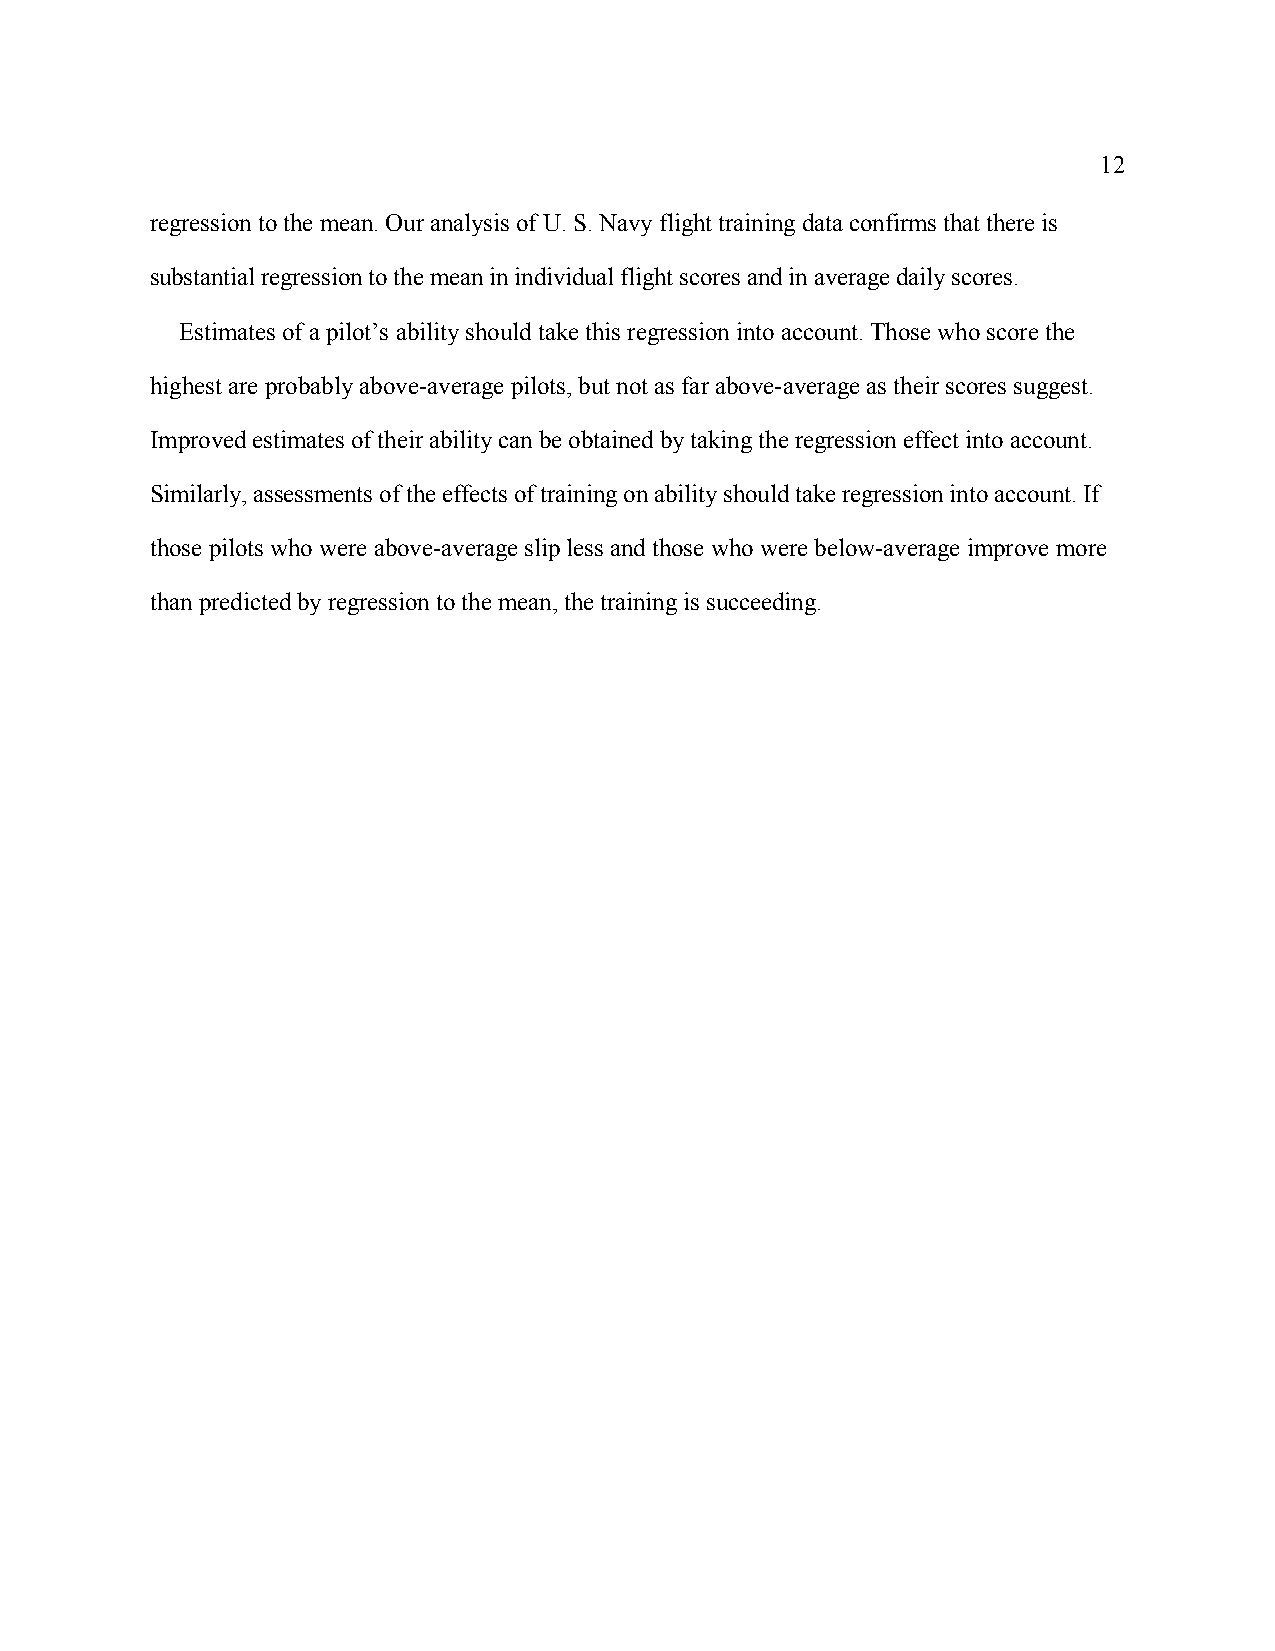
12
 regression to the mean. Our analysis of U. S. Navy flight training data confirms that there is
 substantial regression to the mean in individual flight scores and in average daily scores.
 Estimates of a pilot’s ability should take this regression into account. Those who score the
 highest are probably above-average pilots, but not as far above-average as their scores suggest.
 Improved estimates of their ability can be obtained by taking the regression effect into account.
 Similarly, assessments of the effects of training on ability should take regression into account. If
 those pilots who were above-average slip less and those who were below-average improve more
 than predicted by regression to the mean, the training is succeeding.